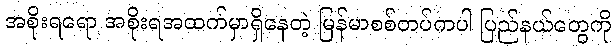
အစိုးရရော အစိုးရအထက်မှာရှိနေတဲ့ မြန်မာစစ်တပ်ကပါ ပြည်နယ်တွေကို